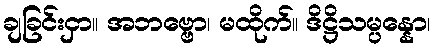
ချခြင်းငှာ။ အဘဗ္ဗော၊ မထိုက်။ ဒိဋ္ဌိသမ္ပန္နော၊